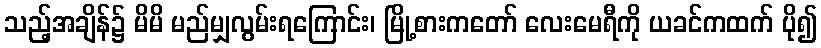
သည့်အချိန်၌ မိမိ မည်မျှလွမ်းရကြောင်း၊ မြို့စားကတော် လေးမေရီကို ယခင်ကထက် ပို၍